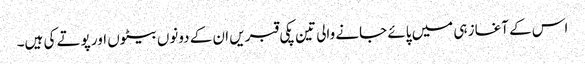
اس کے آغاز ہی میں پائے جانے والی تین پکی قبریں ان کے دونوں بیٹوں اور پوتے کی ہیں۔